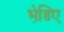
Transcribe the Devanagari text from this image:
भेडि़ए